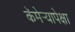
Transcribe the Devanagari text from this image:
कॅमेर्‍यापेक्षा